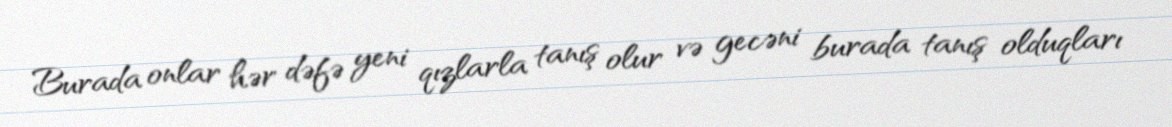
Burada onlar hər dəfə yeni qızlarla tanış olur və gecəni burada tanış olduqları